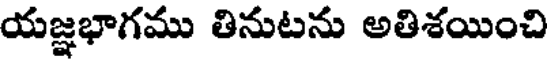
యజ్ఞభాగము తినుటను అతిశయించి